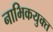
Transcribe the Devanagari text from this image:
नाभिकयुक्त